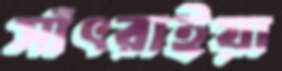
সাঁৎরাইয়া